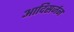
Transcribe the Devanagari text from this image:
आदिसर्जन